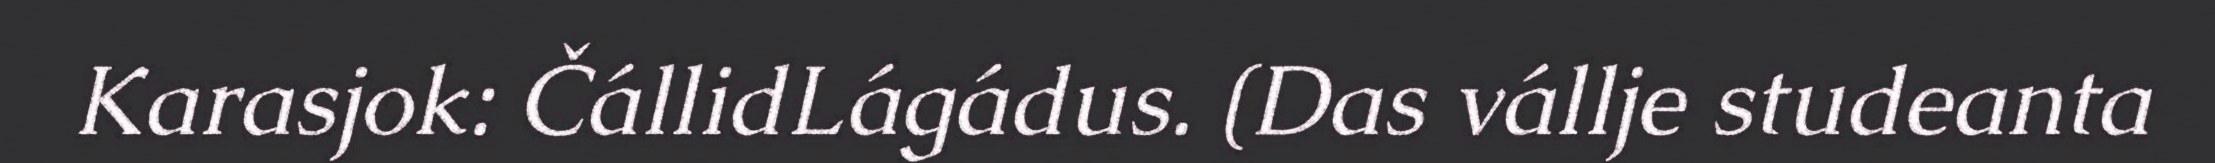
Karasjok: ČállidLágádus. (Das vállje studeanta